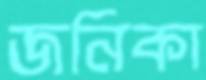
জনিকা